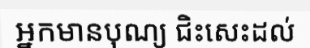
អ្នកមានបុណ្យ ជិះសេះដល់